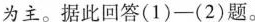
为主。据此回答(1)-(2)题。